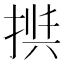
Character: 𱠎